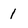
Character: 1